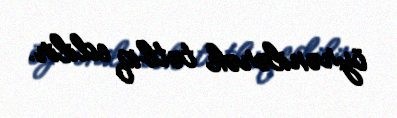
öyrənilərək tətbiq edilir.